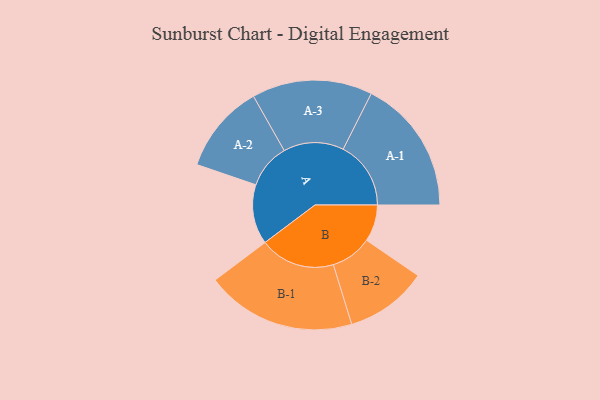
{"axis": {"x": "Segment", "y": "Value"}, "legend": ["", "A", "B"], "data": [{"x": "A", "y": 232, "type": ""}, {"x": "B", "y": 143, "type": ""}, {"x": "A-1", "y": 263, "type": "A"}, {"x": "A-2", "y": 173, "type": "A"}, {"x": "A-3", "y": 234, "type": "A"}, {"x": "B-1", "y": 292, "type": "B"}, {"x": "B-2", "y": 160, "type": "B"}]}